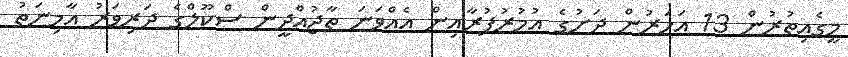
މީގެއިތުރުން 13 އަހަރުން ދަށުގެ އުމުރުފުރާއިން އެއްވަނަ ތާޖުއްދީން ސްކޫލްގެ ދަރިވަރު އާމިނަތު